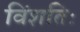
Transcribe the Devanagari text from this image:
विंशतिः